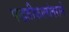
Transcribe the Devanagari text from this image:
पद्धतीकालांतराने